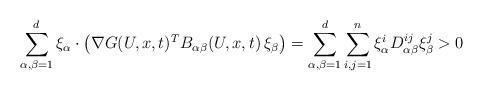
LaTeX: \begin{align*}\sum_{\alpha,\beta=1}^d\xi_\alpha \cdot \left(\nabla G(U,x,t)^T B_{\alpha \beta} (U,x,t) \, \xi_\beta\right) =\sum_{\alpha,\beta=1}^d\sum_{i,j=1}^n\xi_\alpha^i D_{\alpha\beta}^{ij} \xi_\beta^j > 0 \end{align*}